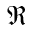
\Re